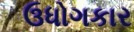
ઉધોગકાર